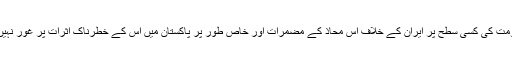
پھر حکومت کی کسی سطح پر ایران کے خلاف اس محاذ کے مضمرات اور خاص طور پر پاکستان میں اس کے خطرناک اثرات پر غور نہیں کیا گیا۔